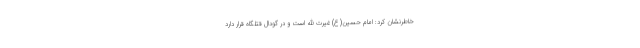
خاطرنشان کرد: امام حسین(ع) غیرت الله است و در گودال قتلگاه قرار دارد